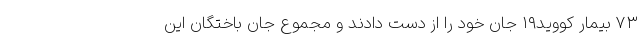
۷۳ بیمار کووید۱۹ جان خود را از دست دادند و مجموع جان باختگان این